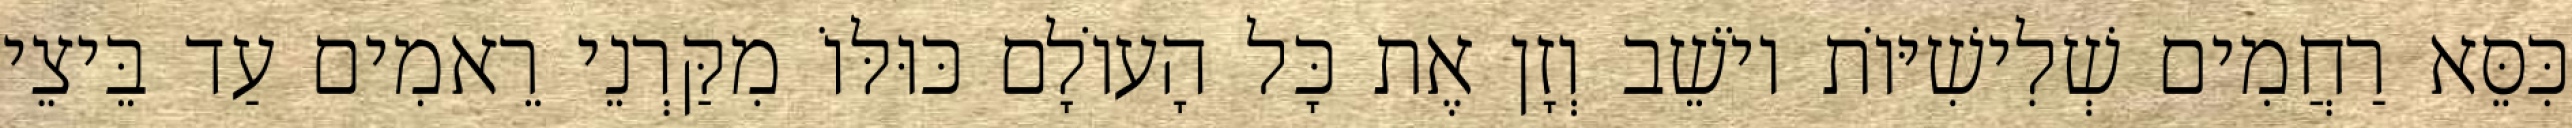
כִּסֵּא רַחֲמִים שְׁלִישִׁיּוֹת יוֹשֵׁב וְזָן אֶת כָּל הָעוֹלָם כּוּלּוֹ מִקַּרְנֵי רֵאמִים עַד בֵּיצֵי